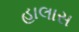
હાલાસ